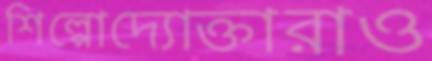
শিল্পোদ্যোক্তারাও